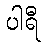
ပါရီ